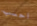
احسب